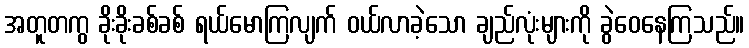
အတူတကွ ခိုးခိုးခစ်ခစ် ရယ်မောကြလျက် ဝယ်လာခဲ့သော ချည်လုံးများကို ခွဲဝေနေကြသည်။